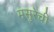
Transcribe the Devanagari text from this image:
मसुरेची